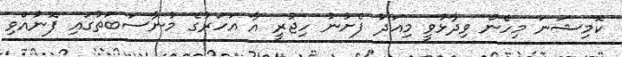
ކޮމިޝަނަ މިހެން ވިދާޅުވީ މިއަދު ފެށުނު ހިޖުރީ އާ އަހަރުގެ މުނާސަބަތުގައި ފޮނުއްވި